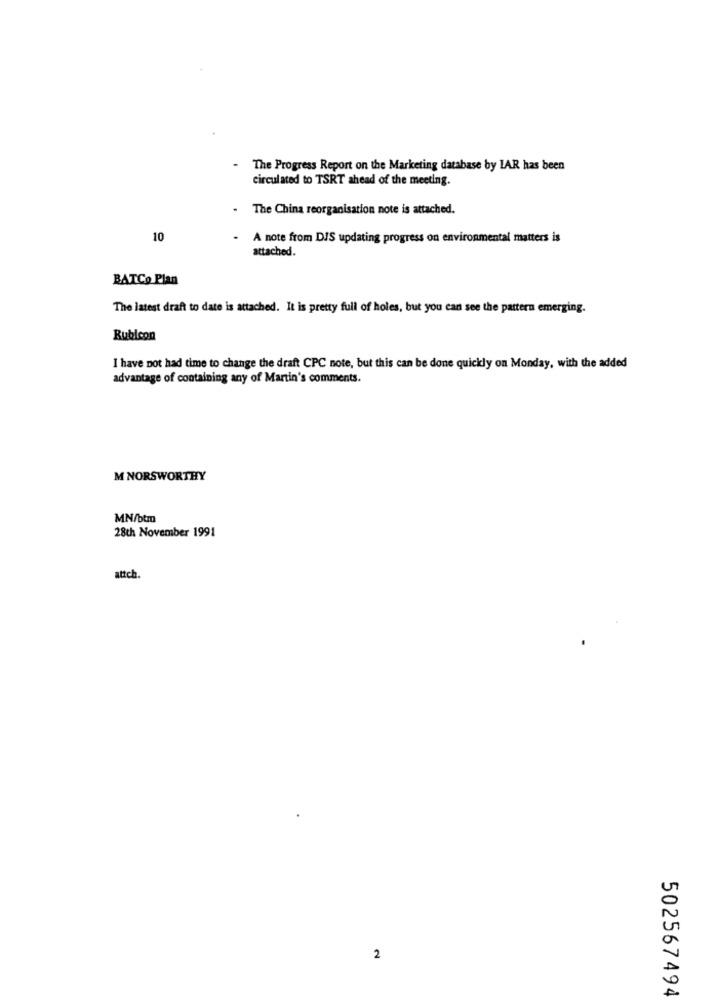
The Progress Report on the Marketing database by LAR has been
circulated to TSRT ahead of the meeting.
.
The China reorganisation note is attached.
10
.
A note from DIS updating progress on environmental matters is
attached.
BATCo Plan
The latest draft to date is attached. It is pretty full of holes, but you can see the pattern emerging.
Rubicon
I have not had time to change the draft CPC note, but this can be done quickly on Monday, with the added
advantage of containing any of Martin's comments.
M NORSWORTHY
MN/btm
28th November 1991
attch.
2
502567494